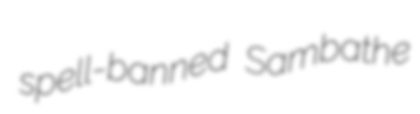
spell-banned Sambathe